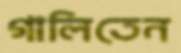
গালিতেন